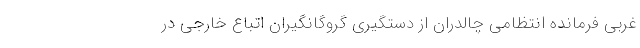
غربی فرمانده انتظامی چالدران از دستگیری گروگانگیران اتباع خارجی در